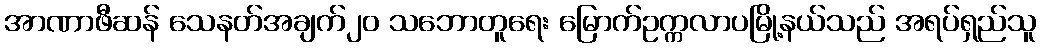
အာဏာဖီဆန် သေနတ်အချက်၂၀ သဘောတူရေး မြောက်ဥက္ကလာပမြို့နယ်သည် အရပ်ရှည်သူ